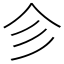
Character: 㐱